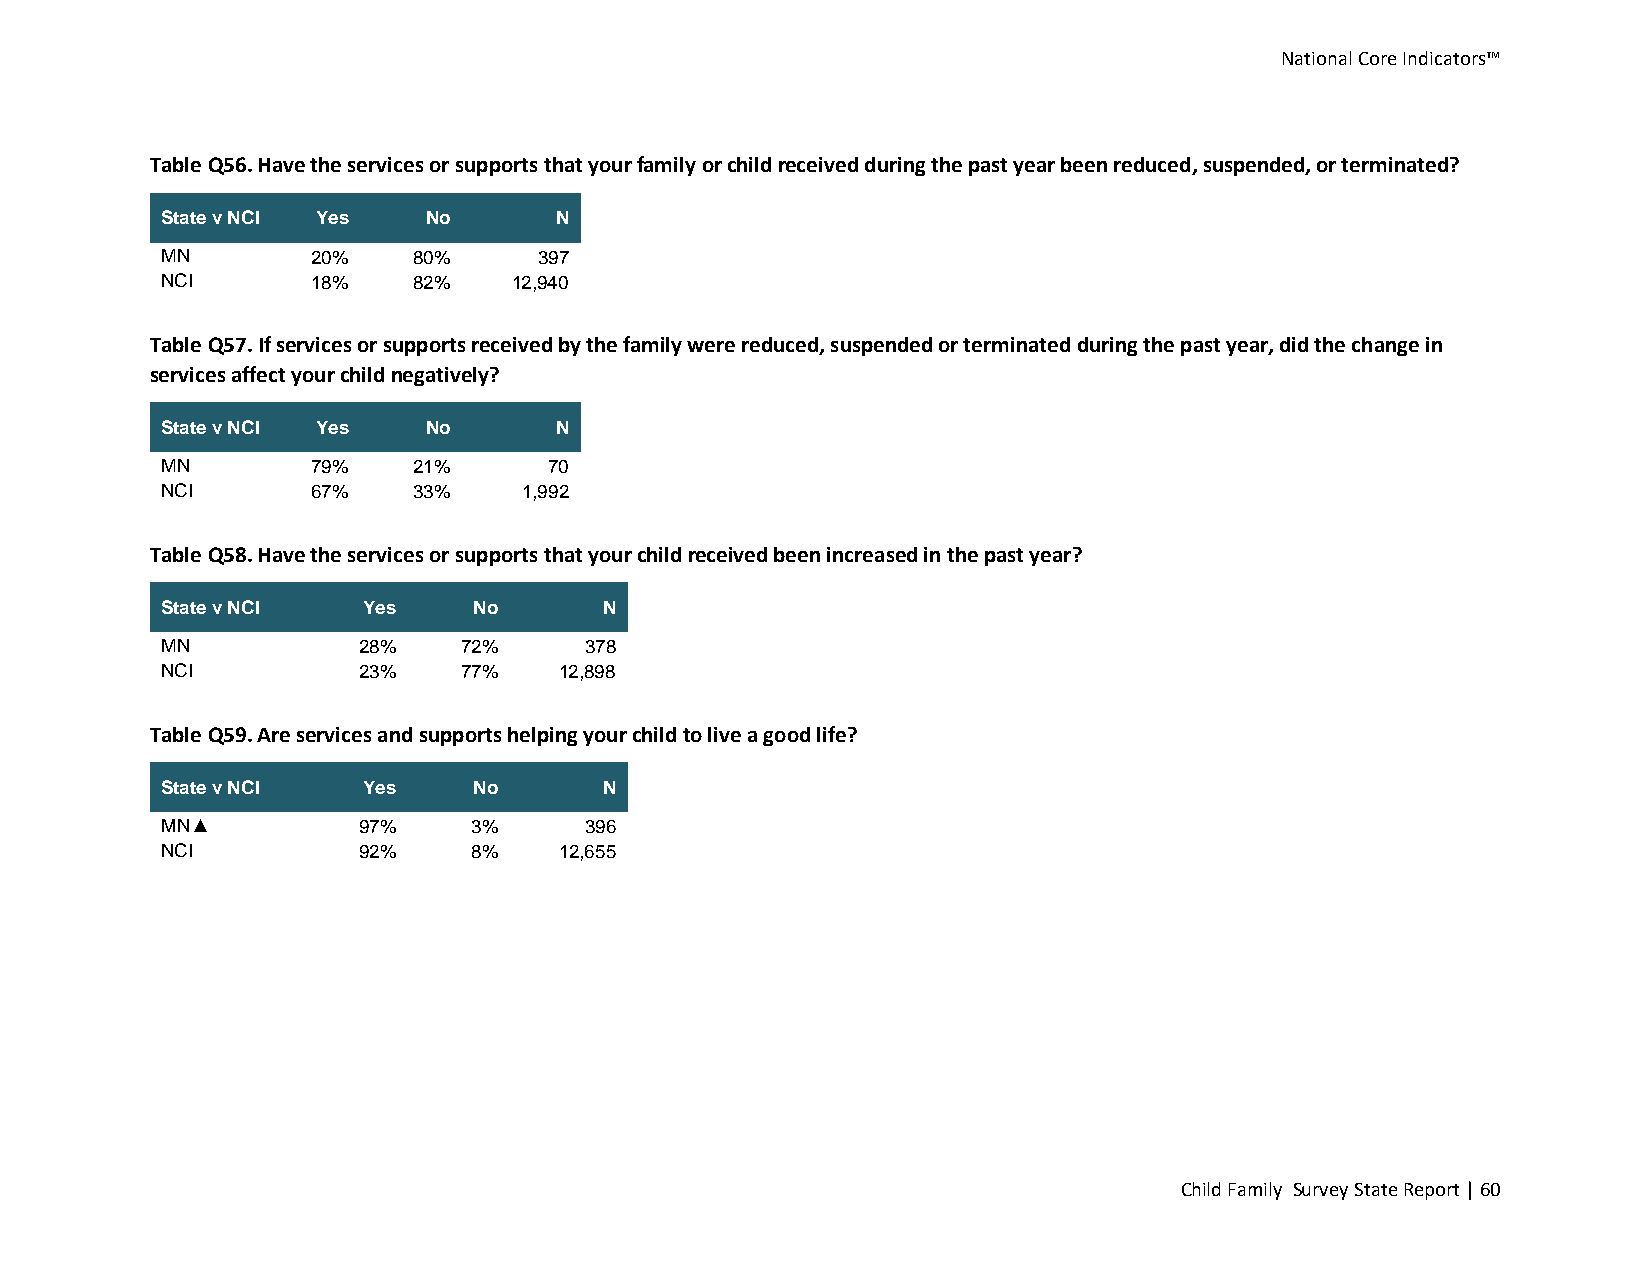
National Core Indicators™
 Table Q56. Have the services or supports that your family or child received during the past year been reduced, suspended, or terminated?
 State v NCI Yes  No       N
 MN        20%   80%      397
 NCI       18%   82%    12,940
 Table Q57. If services or supports received by the family were reduced, suspended or terminated during the past year, did the change in
 services affect your child negatively?
 State v NCI Yes  No       N
 MN        79%   21%      70
 NCI       67%   33%     1,992
 Table Q58. Have the services or supports that your child received been increased in the past year?
 State v NCI  Yes    No       N
 MN           28%   72%      378
 NCI          23%   77%    12,898
 Table Q59. Are services and supports helping your child to live a good life?
 State v NCI  Yes    No       N
 MN▲          97%    3%      396
 NCI          92%    8%    12,655
 Child Family Survey State Report | 60